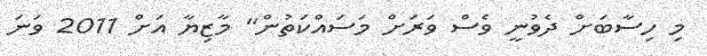
މި ހިސާބަށް ދެވުނީ ވެސް ވަރަށް މަސައްކަތުން" މާޒިޔާ އަށް 2011 ވަނަ